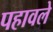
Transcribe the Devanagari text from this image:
पहावले